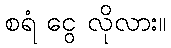
စရံ ငွေ လိုလား။